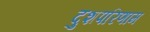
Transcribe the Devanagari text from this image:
दुशपरिणाम